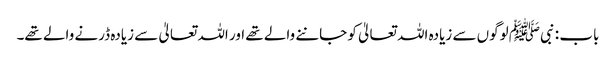
باب : نبیﷺ لوگوں سے زیادہ اللہ تعالیٰ کو جاننے والے تھے اور اللہ تعالیٰ سے زیادہ ڈرنے والے تھے۔